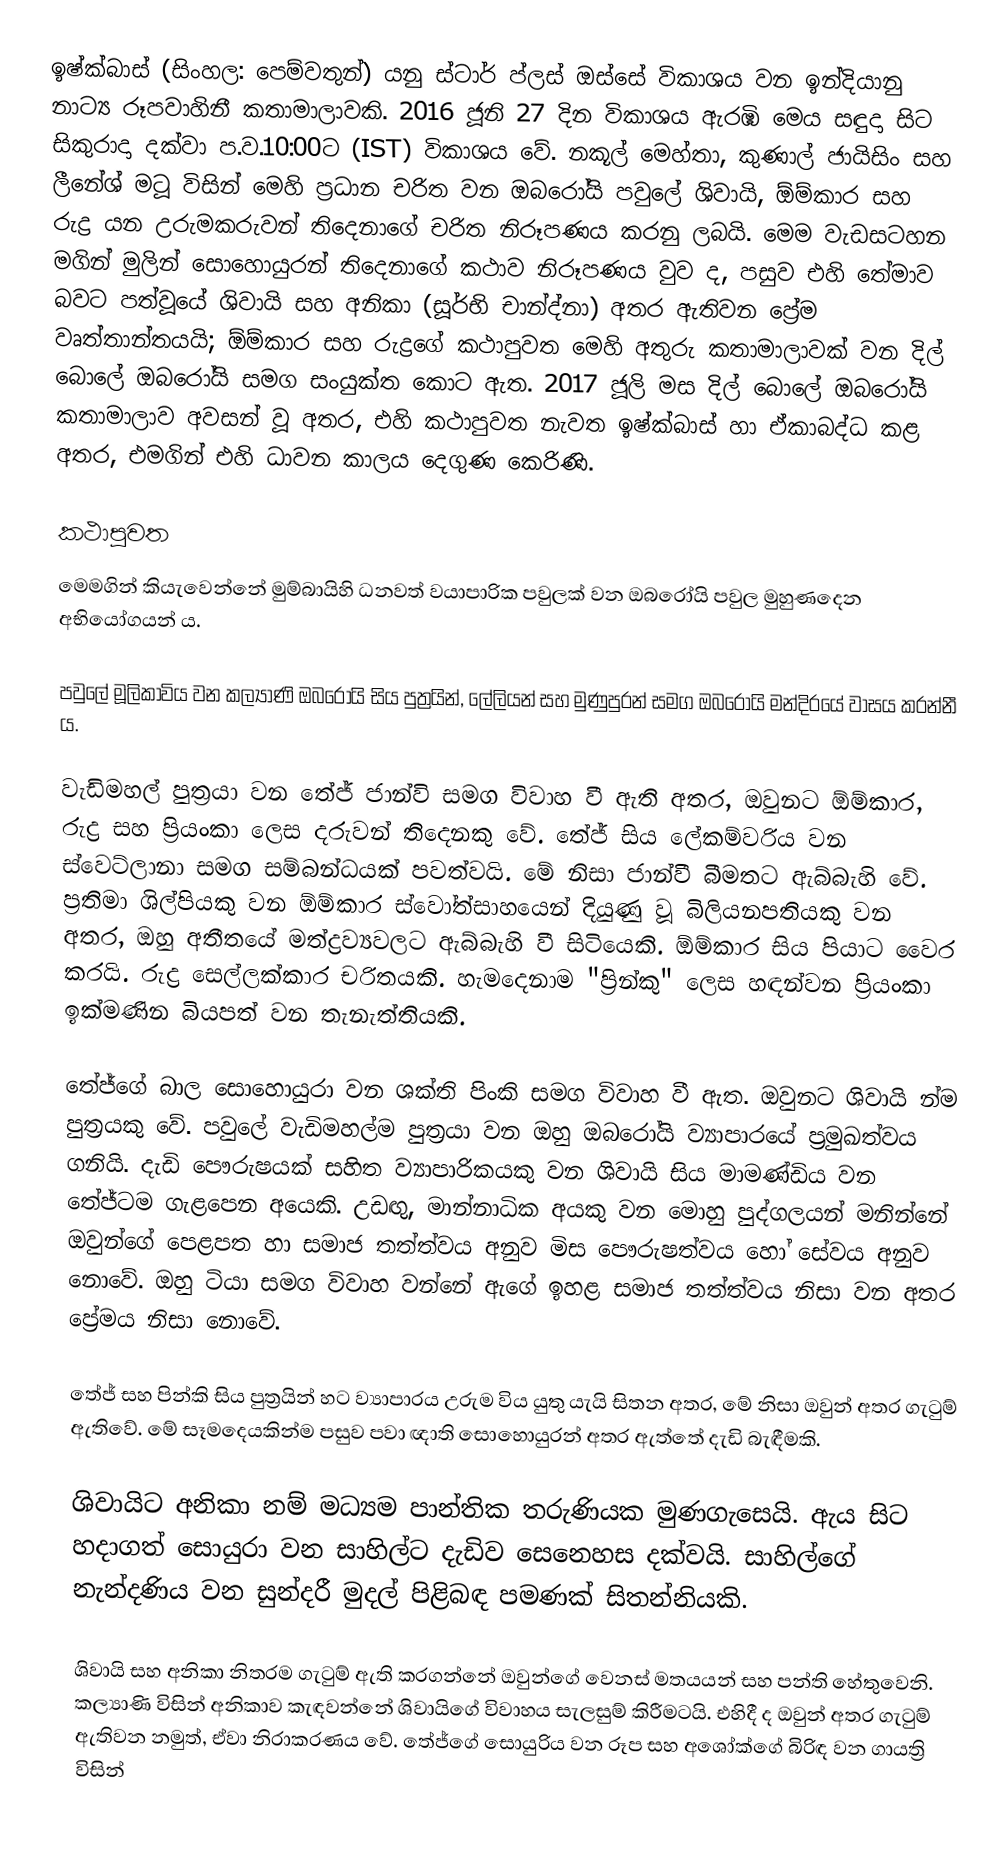
ඉෂ්ක්බාස් (සිංහල: පෙම්වතුන්) යනු ස්ටාර් ප්ලස් ඔස්සේ විකාශය වන ඉන්දියානු නාට්‍ය රූපවාහිනී කතාමාලාවකි. 2016 ජූනි 27 දින විකාශය ඇරඹි මෙය සඳුදා සිට සිකුරාදා දක්වා ප.ව.10:00ට (IST) විකාශය වේ. නකූල් මෙහ්තා, කුණාල් ජායිසිං සහ ලීනේශ් මටූ විසින් මෙහි ප්‍රධාන චරිත වන ඔබරෝයි පවුලේ ශිවායි, ඕම්කාර සහ රුද්‍ර යන උරුමකරුවන් තිදෙනාගේ චරිත නිරූපණය කරනු ලබයි. මෙම වැඩසටහන මගින් මුලින් සොහොයුරන් තිදෙනාගේ කථාව නිරූපණය වුව ද, පසුව එහි තේමාව බවට පත්වූයේ ශිවායි සහ අනිකා (සූර්භි චාන්ද්නා) අතර ඇතිවන ප්‍රේම වෘත්තාන්තයයි; ඕම්කාර සහ රුද්‍රගේ කථාපුවත මෙහි අතුරු කතාමාලාවක් වන දිල් බොලේ ඔබරෝයි සමග සංයුක්ත කොට ඇත. 2017 ජූලි මස දිල් බොලේ ඔබරෝයි කතාමාලාව අවසන් වූ අතර, එහි කථාපුවත නැවත ඉෂ්ක්බාස් හා ඒකාබද්ධ කළ අතර, එමගින් එහි ධාවන කාලය දෙගුණ කෙරිණි.

කථාපුවත
මෙමගින් කියැවෙන්නේ මුම්බායිහි ධනවත් වයාපාරික පවුලක් වන ඔබරෝයි පවුල මුහුණදෙන අභියෝගයන් ය.

පවුලේ මූලිකාවිය වන කල්‍යාණි ඔබරෝයි සිය පුත්‍රයින්, ලේලියන් සහ මුණුපුරන් සමග ඔබරෝයි මන්දිරයේ වාසය කරන්නී ය.

වැඩිමහල් පුත්‍රයා වන තේජ් ජාන්වි සමග විවාහ වී ඇති අතර, ඔවුනට ඕම්කාර, රුද්‍ර සහ ප්‍රියංකා ලෙස දරුවන් තිදෙනකු වේ. තේජ් සිය ලේකම්වරිය වන ස්වෙට්ලානා සමග සම්බන්ධයක් පවත්වයි. මේ නිසා ජාන්වී බීමතට ඇබ්බැහි වේ. ප්‍රතිමා ශිල්පියකු වන ඕම්කාර ස්වෝත්සාහයෙන් දියුණු වූ බිලියනපතියකු වන අතර, ඔහු අතීතයේ මත්ද්‍රව්‍යවලට ඇබ්බැහි වී සිටියෙකි. ඕම්කාර සිය පියාට වෛර කරයි. රුද්‍ර සෙල්ලක්කාර චරිතයකි. හැමදෙනාම "ප්‍රින්කු" ලෙස හඳන්වන ප්‍රියංකා ඉක්මණින බියපත් වන තැනැත්තියකි.

තේජ්ගේ බාල සොහොයුරා වන ශක්ති පිංකි සමග විවාහ වී ඇත. ඔවුනට ශිවායි න්ම පුත්‍රයකු වේ. පවුලේ වැඩිමහල්ම පුත්‍රයා වන ඔහු ඔබරෝයි ව්‍යාපාරයේ ප්‍රමුඛත්වය ගනියි. දැඩි ‍පෞරුෂයක් සහිත ව්‍යාපාරිකයකු වන ශිවායි සිය මාමණ්ඩිය වන තේජ්ටම ගැළපෙන අයෙකි. උඩඟු, මාන්නාධික අයකු වන මොහු පුද්ගලයන් මනින්නේ ඔවුන්ගේ පෙළපත හා සමාජ තත්ත්වය අනුව මිස පෞරුෂත්වය හෝ සේවය අනුව නොවේ. ඔහු ටියා සමග විවාහ වන්නේ ඇගේ ඉහළ සමාජ තත්ත්වය නිසා වන අතර ප්‍රේමය නිසා නොවේ.

තේජ් සහ පින්කි සිය පුත්‍රයින් හට ව්‍යාපාරය උරුම විය යුතු යැයි සිතන අතර, මේ නිසා ඔවුන් අතර ගැටුම් ඇතිවේ. මේ සෑමදෙයකින්ම පසුව පවා ඥාති සොහොයුරන් අතර ඇත්තේ දැඩි බැඳීමකි.

ශිවායිට අනිකා නම් මධ්‍යම පාන්තික තරුණියක මුණගැසෙයි. ඇය සිට හදාගත් සොයුරා වන සාහිල්ට දැඩිව සෙනෙහස දක්වයි. සාහිල්ගේ නැන්දණිය වන සුන්දරී මුදල් පිළිබඳ පමණක් සිතන්නියකි.

ශිවායි සහ අනිකා නිතරම ගැටුම් ඇති කරගන්නේ ඔවුන්ගේ වෙනස් මතයයන් සහ පන්ති හේතුවෙනි. කල්‍යාණි විසින් අනිකාව කැඳවන්නේ ශිවායිගේ විවාහය සැලසුම් කිරීමටයි. එහිදී ද ඔවුන් අතර ගැටුම් ඇතිවන නමුත්, ඒවා නිරාකරණය වේ. තේජ්ගේ සොයුරිය වන රූප සහ අශෝක්ගේ බිරිඳ වන ගායත්‍රි විසින්